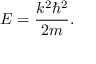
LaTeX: E = { \frac { k ^ { 2 } \hbar ^ { 2 } } { 2 m } } .